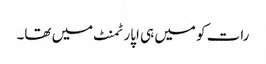
رات کو میں ہی اپارٹمنٹ میں تھا۔